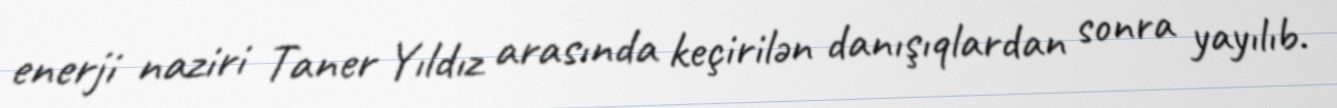
enerji naziri Taner Yıldız arasında keçirilən danışıqlardan sonra yayılıb.